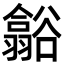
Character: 𮙑